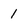
Character: 1